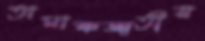
তামাকজাতীয়